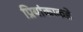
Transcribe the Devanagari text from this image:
प्रियांकाकडे